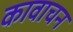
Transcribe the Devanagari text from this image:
कावाचन